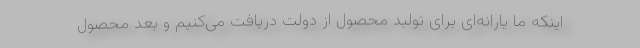
اینکه ما یارانه‌ای برای تولید محصول از دولت دریافت می‌کنیم و بعد محصول